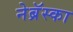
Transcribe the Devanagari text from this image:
नेब्रॅस्का